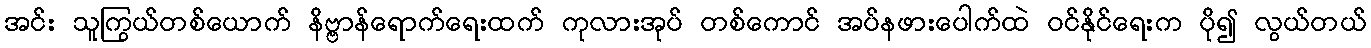
အင်း သူကြွယ်တစ်ယောက် နိဗ္ဗာန်ရောက်ရေးထက် ကုလားအုပ် တစ်ကောင် အပ်နဖားပေါက်ထဲ ဝင်နိုင်ရေးက ပို၍ လွယ်တယ်